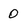
Character: 0